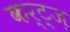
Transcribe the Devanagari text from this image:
कर्ट्ज़